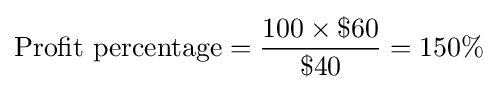
{\text{Profit percentage}}={\frac {100\times \$60}{\$40}}=150\%